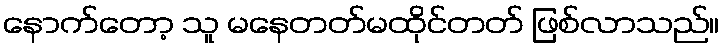
နောက်တော့ သူ မနေတတ်မထိုင်တတ် ဖြစ်လာသည်။